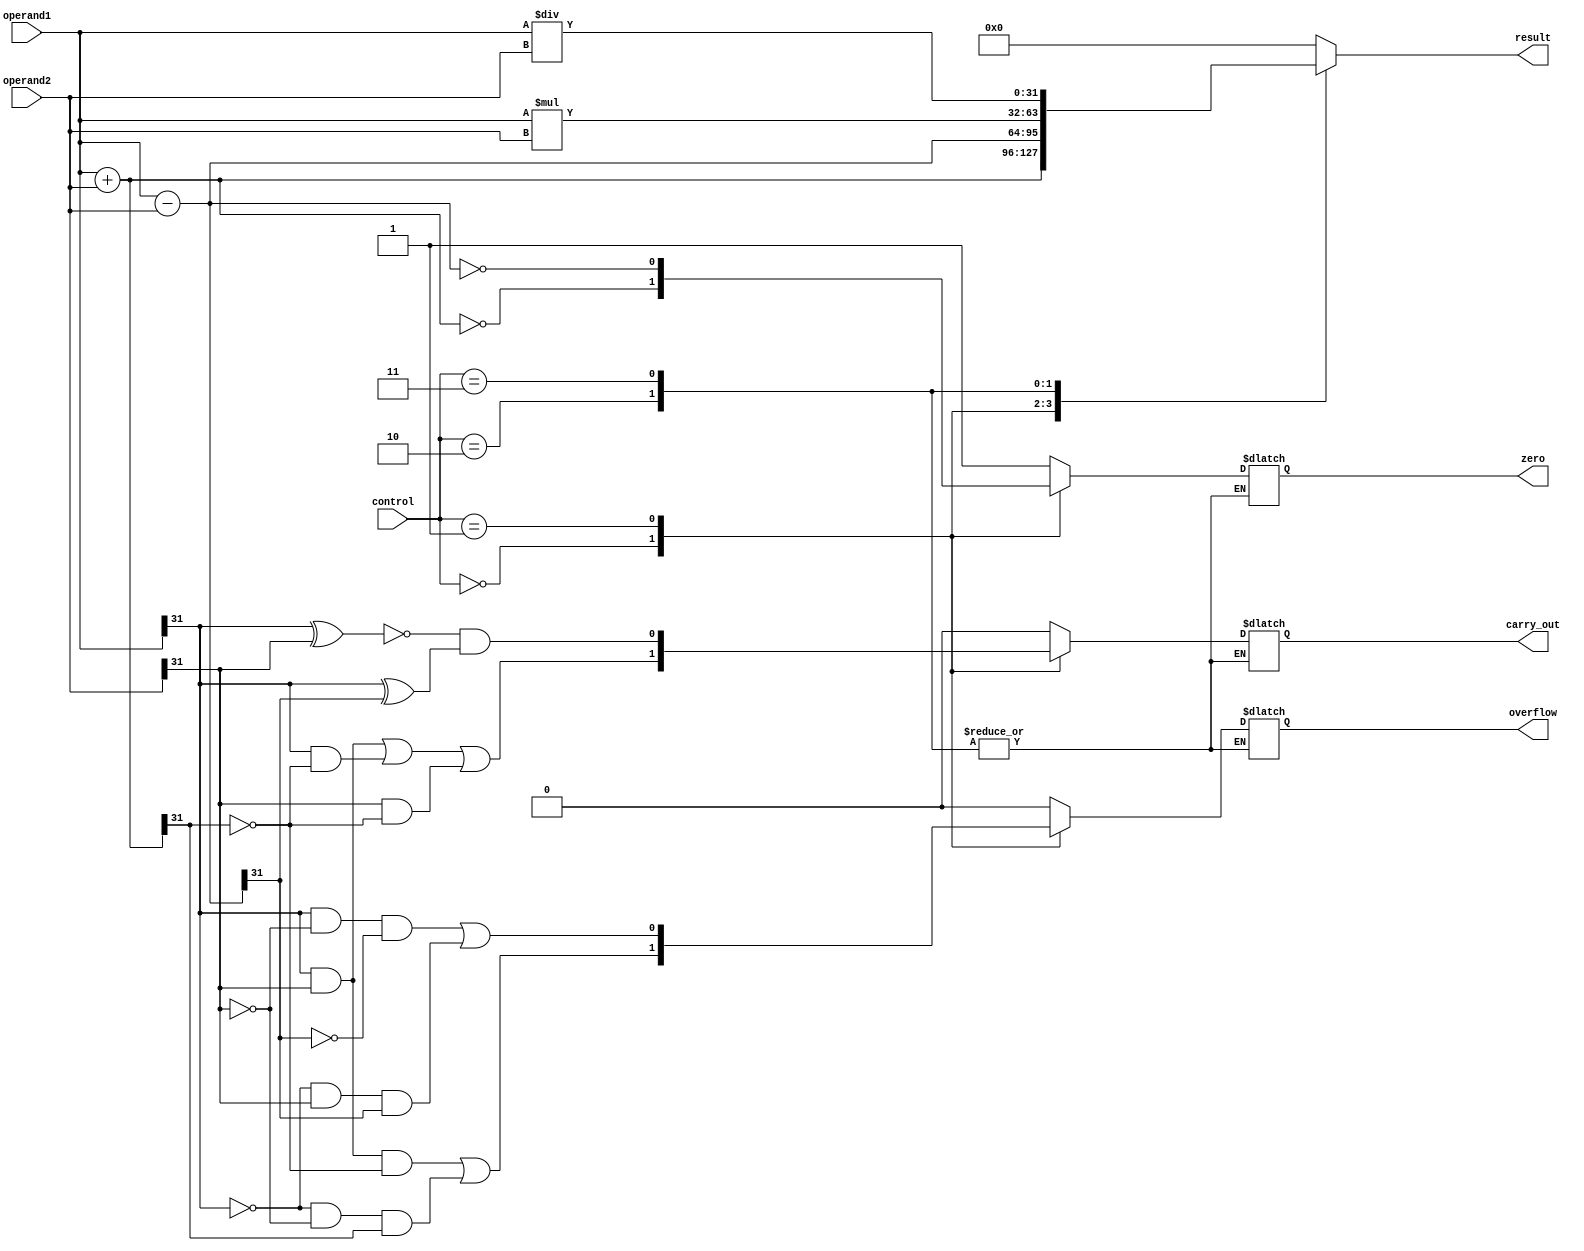
module ALU(
    input [31:0] operand1,
    input [31:0] operand2,
    input [3:0] control,
    output reg [31:0] result,
    output reg carry_out,
    output reg overflow,
    output reg zero
);

reg [31:0] temp;

always @(*) begin
    case(control)
        4'b0000: begin // ADD operation
            temp = operand1 + operand2;
            carry_out = (operand1[31] & operand2[31]) | (operand1[31] & ~temp[31]) | (operand2[31] & ~temp[31]);
            overflow = (operand1[31] & operand2[31] & ~temp[31]) | (~operand1[31] & ~operand2[31] & temp[31]);
            zero = (temp == 32'b0);
        end

        4'b0001: begin // SUBTRACT operation
            temp = operand1 - operand2;
            carry_out = ~(operand1[31] ^ operand2[31]) & (operand1[31] ^ temp[31]);
            overflow = (operand1[31] & ~operand2[31] & ~temp[31]) | (~operand1[31] & operand2[31] & temp[31]);
            zero = (temp == 32'b0);
        end

        4'b0010: begin // MULTIPLY operation
            temp = operand1 * operand2;
            // handle overflow and zero flag
        end

        4'b0011: begin // DIVIDE operation
            temp = operand1 / operand2;
            // handle zero flag
        end
        
        default: begin
            temp = 32'b0;
            carry_out = 1'b0;
            overflow = 1'b0;
            zero = 1'b1;
        end
    endcase
    
    result = temp;
end

endmodule